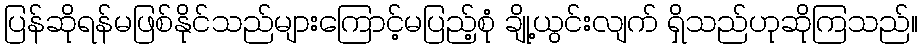
ပြန်ဆိုရန်မဖြစ်နိုင်သည်များကြောင့်မပြည့်စုံ ချို့ယွင်းလျက် ရှိသည်ဟုဆိုကြသည်။